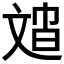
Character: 𱡣